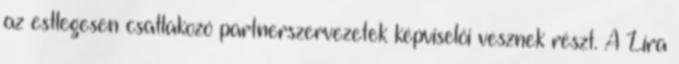
az estlegesen csatlakozó partnerszervezetek képviselői vesznek részt. A Líra